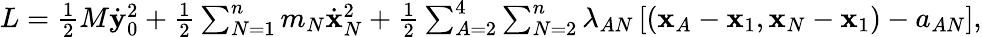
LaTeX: \begin{array}{r}{L=\frac 12M\dot{\mathbf y}_{0}^{2}+\frac 12\sum_{N=1}^{n}m_{N}\dot{\mathbf x}_{N}^{2}+\frac 12\sum_{A=2}^{4}\sum_{N=2}^{n}\lambda_{AN}\left[({\mathbf x}_{A}-{\mathbf x}_{1},{\mathbf x}_{N}-{\mathbf x}_{1})-a_{AN}\right],}\end{array}